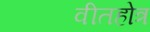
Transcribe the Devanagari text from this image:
वीतहोत्र